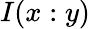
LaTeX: I(x:y)